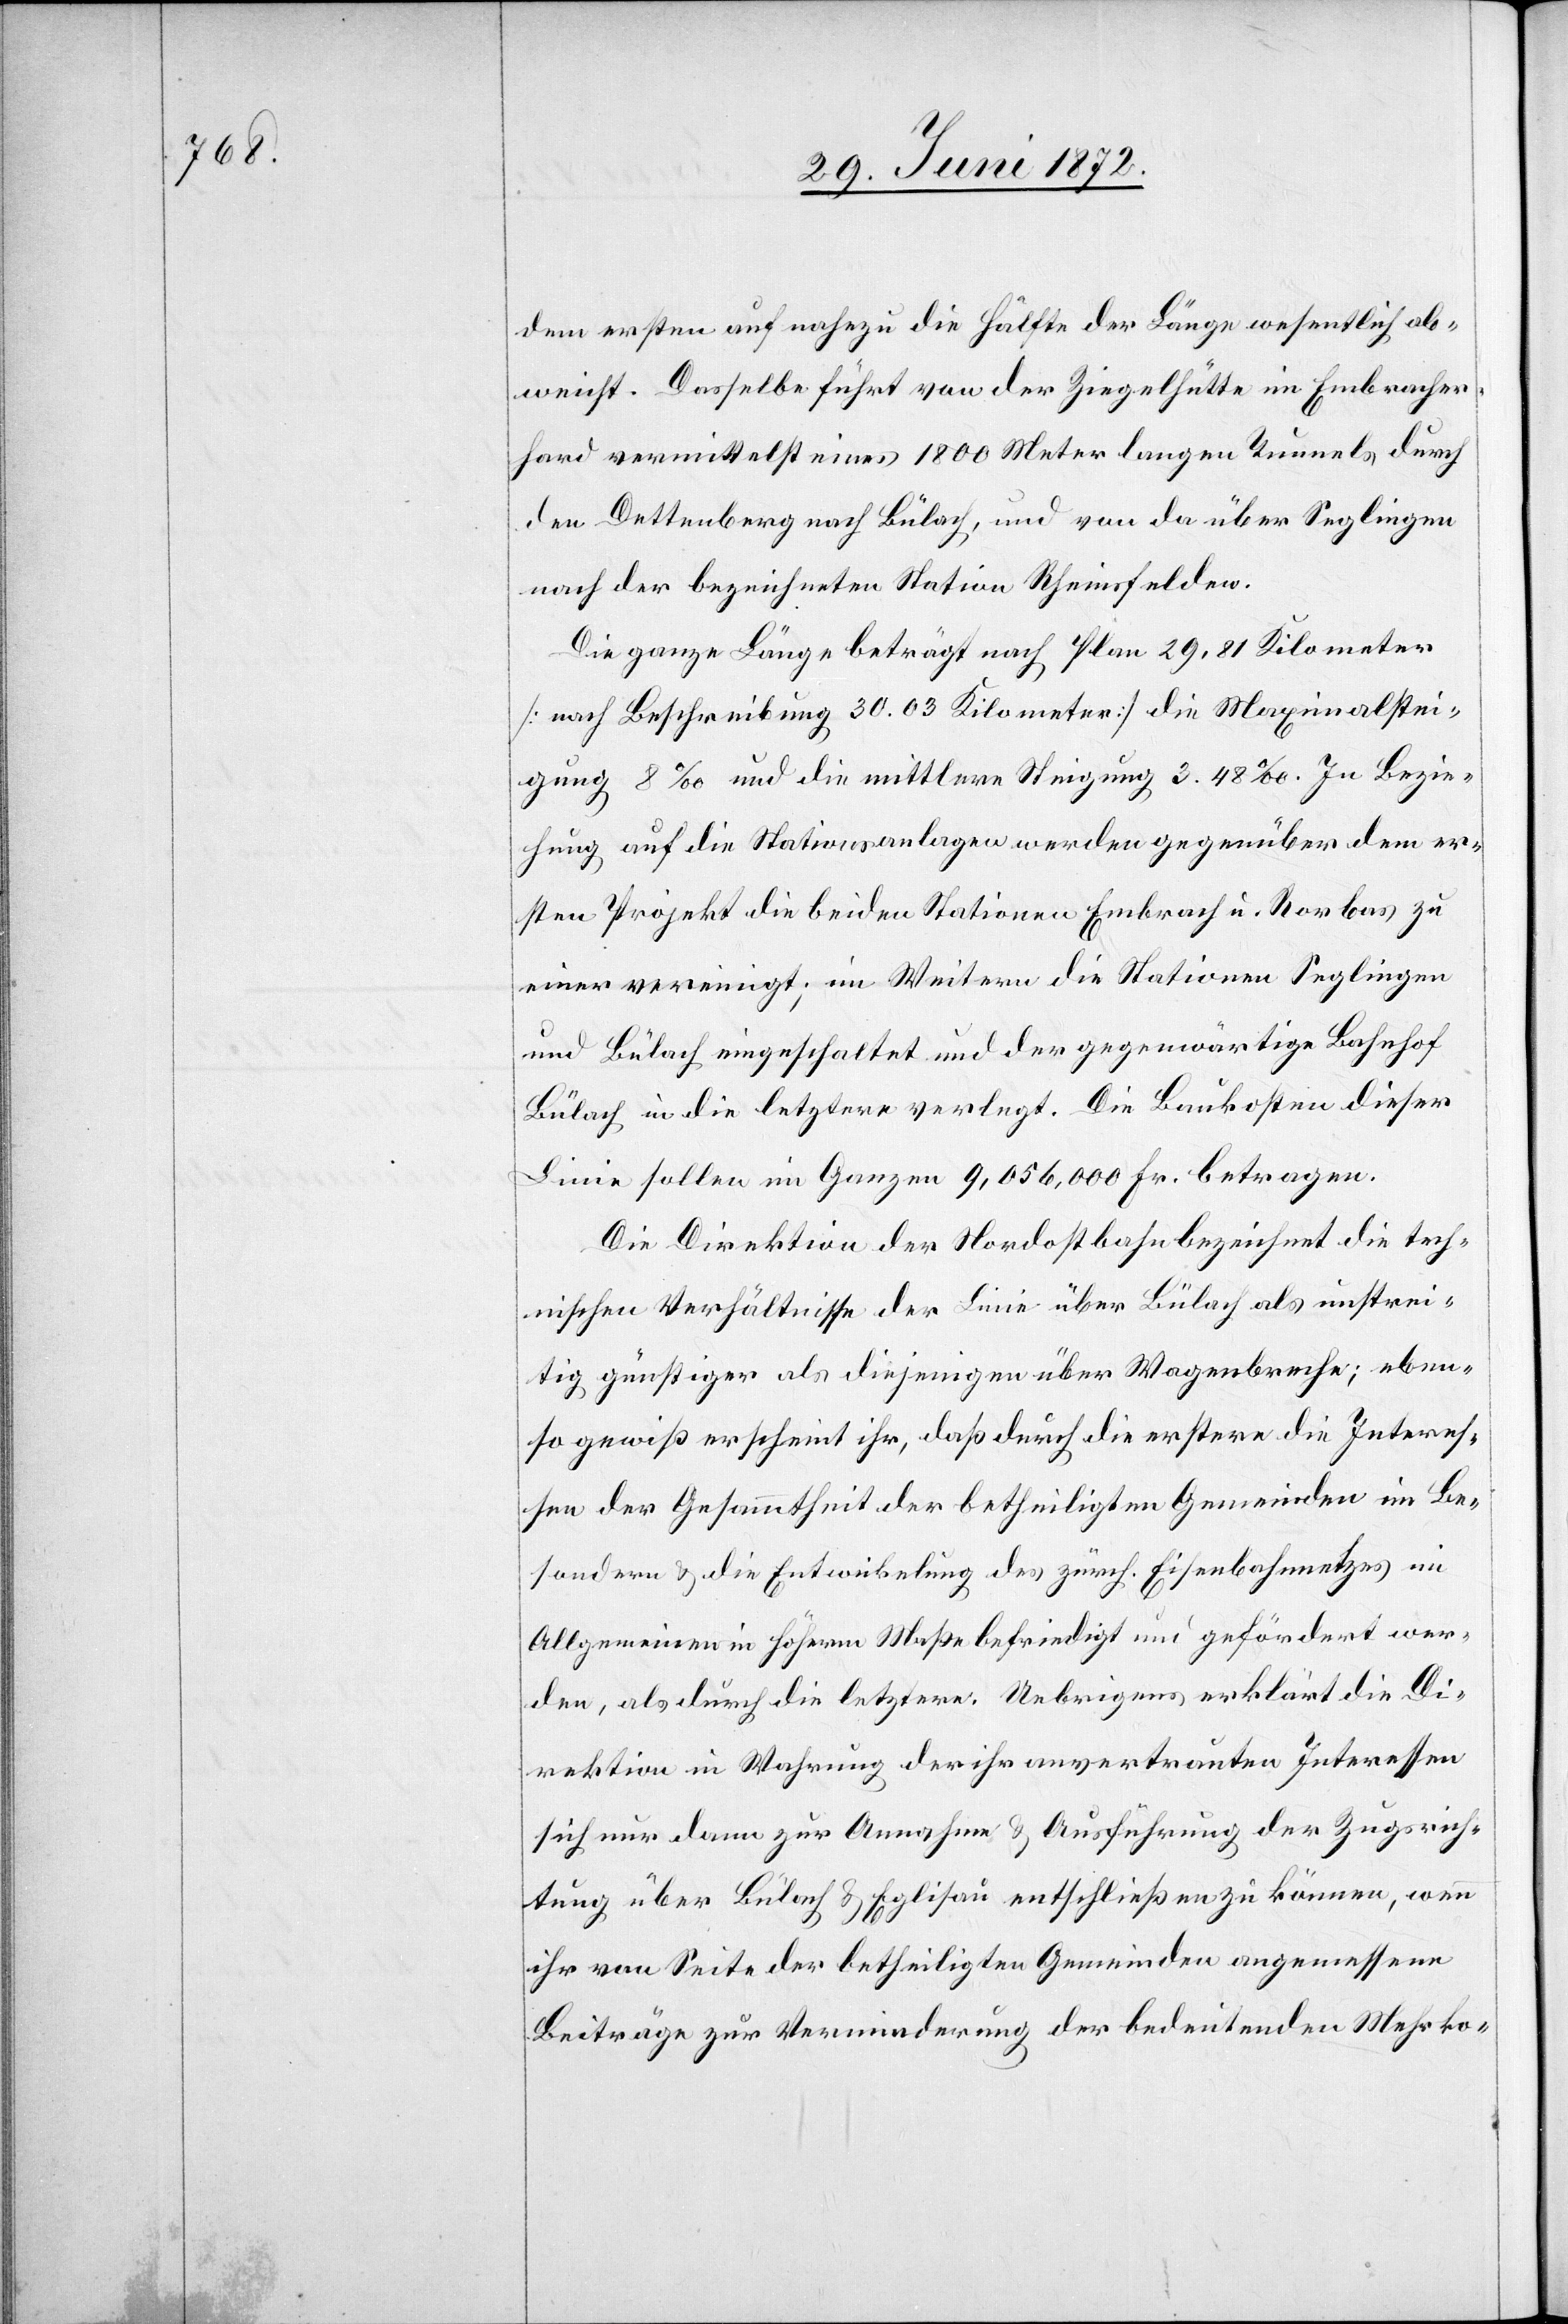
dem ersten auf nahezu die Hälfte der Länge wesentlich ab¬
weicht. Dasselbe führt von der Ziegelhütte im Embracher¬
hard vermittelst eines 1800 Meter langen Tunnels durch
den Dettenberg nach Bülach, und von da über Seglingen
nach der bezeichneten Station Rheinsfelden.
Die ganze Länge beträgt nach Plan 29,81 Kilometer
[nach Beschreibung 30.03 Kilometer] die Maximalstei¬
gung 8‰ und die mittlere Steigung 3.48‰. In Bezie¬
hung auf die Stationsanlagen werden gegenüber dem er¬
sten Projekt die beiden Stationen Embrach u. Rorbas zu
einer vereinigt; im Weitern die Stationen Seglingen
und Bülach eingeschaltet und der gegenwärtige Bahnhof
Bülach in die letztere verlegt. Die Baukosten dieser
Linie sollen im Ganzen 9,056,000 Fr. betragen.
Die Direktion der Nordostbahn bezeichnet die tech¬
nischen Verhältnisse der Linie über Bülach als unstrei¬
tig günstiger als diejenigen über Wagenbreche; eben¬
so gewiß erscheint ihr, daß durch die erstere die Interes¬
sen der Gesammtheit der betheiligten Gemeinden im Be¬
sondern u. die Entwickelung des zürch. Eisenbahnnetzes im
Allgemeinen in höherm Maße befriedigt und gefördert wer¬
den, als durch die letztere. Uebrigens erklärt die Di¬
rektion in Wahrung der ihr anvertrauten Interessen
sich nur dann zur Annahme u. Ausführung der Zugsrich¬
tung über Bülach u. Eglisau entschließen zu können, wenn
ihr von Seite der betheiligten Gemeinden angemessene
Beiträge zur Verminderung der bedeutenden Mehrko-